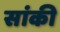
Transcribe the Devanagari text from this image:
सांकी